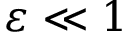
\varepsilon \ll 1